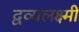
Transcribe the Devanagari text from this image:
द्वव्यलक्ष्मी